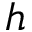
h